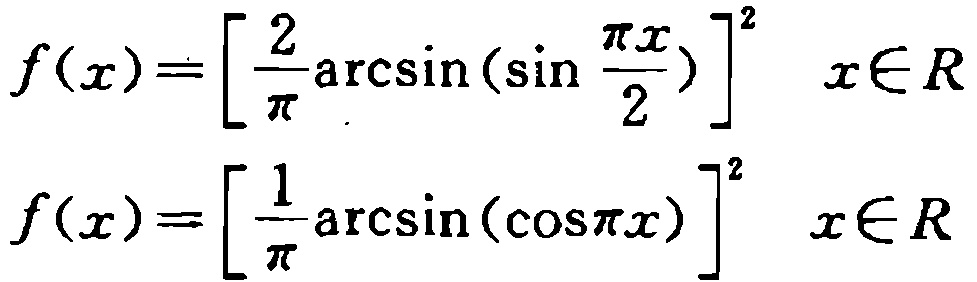
\[
\begin{align*}
f(x)&=\left[\frac{2}{\pi}\arcsin\left(\sin\frac{\pi x}{2}\right)\right]^2\quad x\in R\\
f(x)&=\left[\frac{1}{\pi}\arcsin(\cos\pi x)\right]^2\quad x\in R
\end{align*}
\]